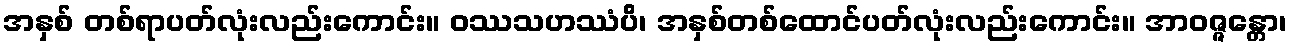
အနှစ် တစ်ရာပတ်လုံးလည်းကောင်း။ ဝဿသဟဿံပိ၊ အနှစ်တစ်ထောင်ပတ်လုံးလည်းကောင်း။ အာဝဇ္ဇန္တော၊